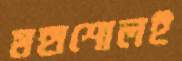
মহাশোলই